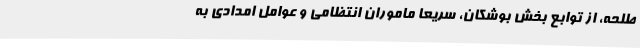
طلحه، از توابع بخش بوشکان، سریعاً ماموران انتظامی و عوامل امدادی به